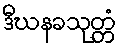
ဒီဃနခသုတ္တံ